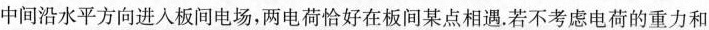
中间沿水平方向进入板间电场，两电荷恰好在板间某点相遇。若不考虑电荷的重力和